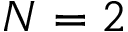
N = 2